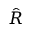
\hat { R }